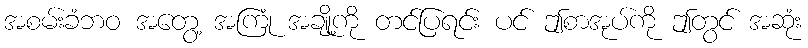
အစမ်းခံဘဝ အတွေ့ အကြုံ အချို့ကို တင်ပြရင်း ပင် ဤစာအုပ်ကို ဤတွင် အဆုံး